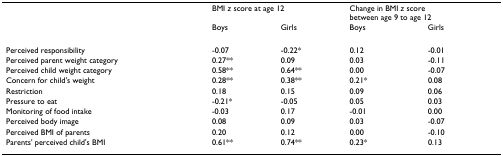
|  | <COLSPAN=2> BMI z score at age 12 | <COLSPAN=2> Change in BMI z score between age 9 to age 12 |
 |  | Boys | Girls | Boys | Girls |
 | --- | --- | --- | --- | --- |
 | Perceived responsibility | -0.07 | -0.22* | 0.12 | -0.01 |
 | Perceived parent weight category | 0.27** | 0.09 | 0.03 | -0.11 |
 | Perceived child weight category | 0.58** | 0.64** | 0.00 | -0.07 |
 | Concern for child's weight | 0.28** | 0.38** | 0.21* | 0.08 |
 | Restriction | 0.18 | 0.15 | 0.09 | 0.06 |
 | Pressure to eat | -0.21* | -0.05 | 0.05 | 0.03 |
 | Monitoring of food intake | -0.03 | 0.17 | -0.01 | 0.00 |
 | Perceived body image | 0.08 | 0.09 | 0.03 | -0.07 |
 | Perceived BMI of parents | 0.20 | 0.12 | 0.00 | -0.10 |
 | Parents' perceived child's BMI | 0.61** | 0.74** | 0.23* | 0.13 |